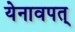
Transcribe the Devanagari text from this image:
येनावपत्